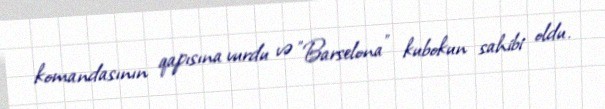
komandasının qapısına vurdu və "Barselona" kubokun sahibi oldu.